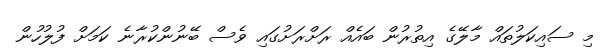
މި ސައިކަލުތައް މާލޭގެ އިތުރުން ބައެއް ރަށްރަށުގައި ވެސް ބޭނުންކުރާނެ ކަމަށް ފުލުހުން